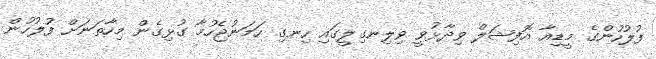
ފުލުހުންގެ މީޑިއާ އޮފިޝަލް ވިދާޅުވީ ވިލިނގިލީގައި ހިނގި ހަމަނުޖެހުމާ ގުޅިގެން މިހާތަނަށް ފުލުހުން